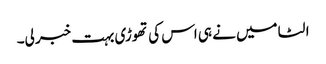
الٹا میں نے ہی اس کی تھوڑی بہت خبر لی۔